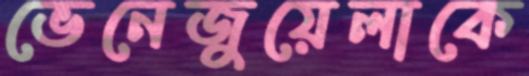
ভেনেজুয়েলাকে